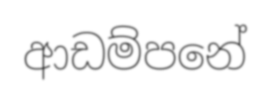
ආඩම්පනේ